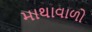
માથાવાળો